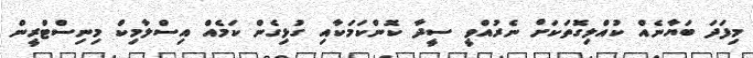
މިފަދަ ބަޔާނެއް ކުއްލިގޮތަކަށް ނެރުއްވީ ސީދާ ކޮންކަމަކާއި ގުޅިގެން ކަމެއް އިސްލާމިކް މިނިސްޓްރީން